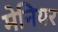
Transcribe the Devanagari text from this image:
मेनियर